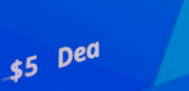
$5 Deal